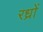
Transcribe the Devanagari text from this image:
रध्राें